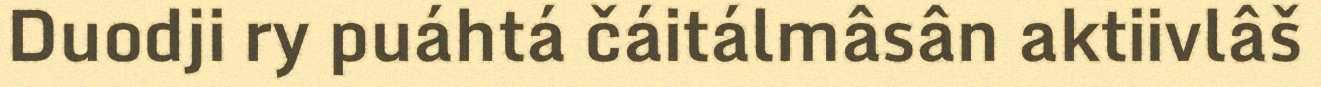
Duodji ry puáhtá čáitálmâsân aktiivlâš